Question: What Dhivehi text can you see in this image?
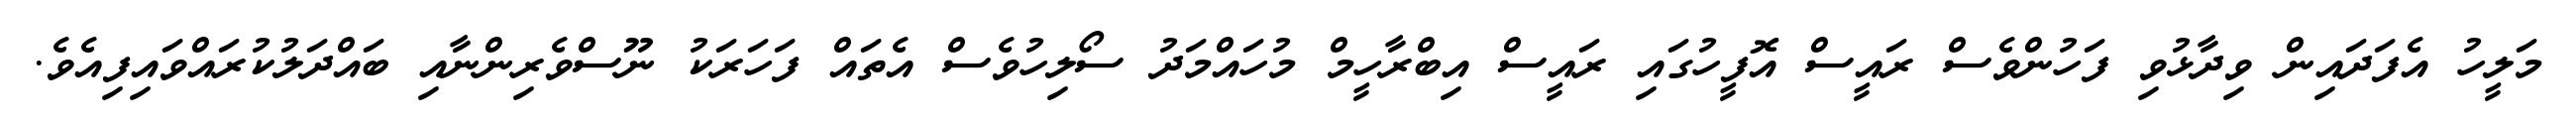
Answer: މަލީހު އެފަދައިން ވިދާޅުވި ފަހުންވެސް ރައީސް އޮފީހުގައި ރައީސް އިބްރާހީމް މުހައްމަދު ސޯލިހުވެސް އެތައް ފަހަރަކު ނޫސްވެރިންނާއި ބައްދަލުކުރައްވައިފިއެވެ.